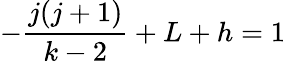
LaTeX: -{\frac{j(j+1)}{{k-2}}}+L+h=1